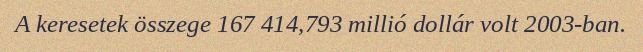
A keresetek összege 167 414,793 millió dollár volt 2003-ban.